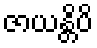
ဇာယန္တိပိ